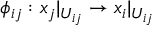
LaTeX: \phi _ { i j } : x _ { j } | _ { U _ { i j } } \rightarrow x _ { i } | _ { U _ { i j } }